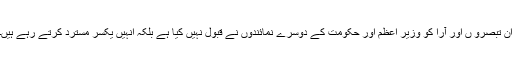
ان تبصرو ں اور آرا کو وزیر اعظم اور حکومت کے دوسرے نمائندوں نے قبول نہیں کیا ہے بلکہ انہیں یکسر مسترد کرتے رہے ہیں۔